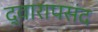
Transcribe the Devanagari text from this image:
द्वारापसंद